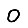
Digit: 0